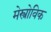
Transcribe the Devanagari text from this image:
मेस्त्रोविक